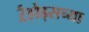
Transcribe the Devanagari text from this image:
र्ऱ्होड्सच्या